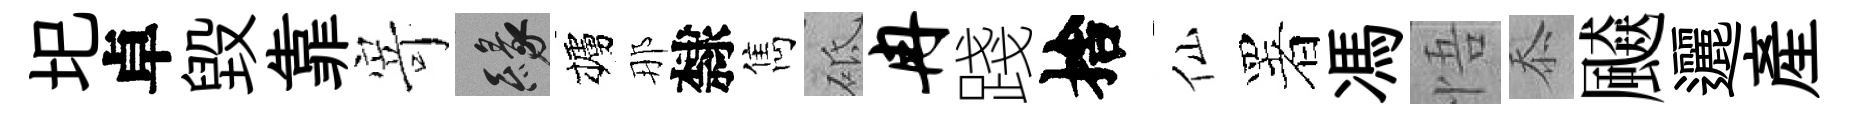
圯卓毁靠𭔃緣櫨那隸雋砥冉踐捨仙署馮悟忝飇邐産